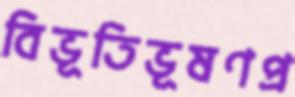
বিভূতিভূষণপ্র